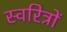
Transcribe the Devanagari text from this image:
स्वरित्रों